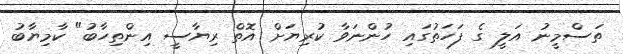
ތަސްމީނު އަލީ ގެ ފަހަތުގައި ހުންނަވާ ކުރިޔަށް އޮތް ރިޔާސީ އިންތިހާބު" ކާމިޔާބު